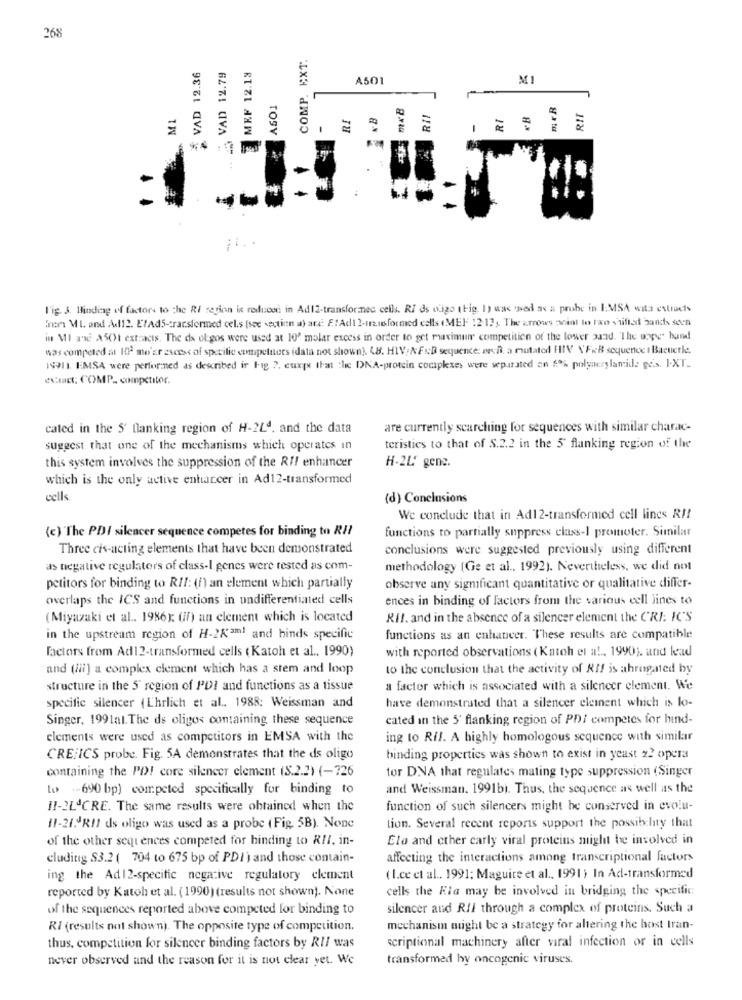
268
COMP. EXT.
VAD 12.36
VAD 12.79
MRF 12.13
A501
MI
ASO1
M 1
RI
RII
RI
RIT
1
-
l'ig. 3. Binding of factors to the Ri region is reduce in Ad12-transformed cells. RI ds digo (Fig. 1) was wed as a probe in IMSA wita estracts
inom MI. and Add12. EtAd5-transformed cel.s (see section a) at. F .! Adt 2-12.16formed calls (MEF : 2-13, The arrows anint to two shifted bands seen
in MI xx A501 extracts. The ds oligos were used at 10" malar excess in order to get maximum competition of the lower pand. "The uppe" hund
was competed at 102 mo'Er escost of specilie competitors idata not shown] 48. HIV/ NFND sequence. ren. a mutated HIV \'F.B sequence t Bacuerle.
19911. EMSA were performed as described in Fig ?, euxps that the DNA-protein complexes were separated an $% polymerylamide pes. I.XT_
RIct: COMP. competitor.
cated in the 5' flanking region of H-24ª, and the data
are currently searching for sequences with similar charac-
suggest that one of the mechanisms which operates in
teristics to that of $.2.2 in the 5' flanking region of the
this system involves the suppression of the RIF enhancer
H-2L' gens.
which is the only active enharcer in Ad12-transformed
cells
(d) Conclusions
We conclude that in Ad12-transformed cell lines RI!
(c) The PDI silencer sequence competes for binding to RII
functions to partially suppress class-1 promoter. Similar
Three cis-acting elements that have been demonstrated
conclusions were suggested previously using different
as negative regulators of class-I genes were tested as com-
methodology (Ge et al ., 1992). Nevertheless, we did not
petitors for binding to RII: (1) an element which partially
observe any significant quantitative or qualitative differ-
overlaps the ICS and functions in undifferentiated cells
ences in binding of factors from the various cell lines to
(Miyazaki et al .. 1986]: (f) an element which is located
Ril. and in the absence of a silencer element the CRI. IC'S
in the upstream region of H-2K'aml and binds specific
functions as an enhancer. These results are compatible
factors from Ad12-transformed cells ( Katoh et al ., 1990)
with reported observations ( Katch el a !.. 1990). and lead
and (iii) a complex clement which has a stem and loop
to the conclusion that the activity of Alf is ahrogated by
structure in the 5' region of PDI and functions as a tissue
a factor which is associated with a silencer element. We
have demonstrated that a silencer element which is lo-
specific silencer (Ehrlich et al .. 1988: Weissman and
Singer, 1991al. The ds oligos containing these sequence
cated in the 5' flanking region of PDI competes for hind-
elements were used as competitors in EMSA with the
ing to Ril. A highly homologous sequence with similar
CRE:ICS probe. Fig. 5A demonstrates that the ds oligo
binding properties was shown to exist in yeast z2 opera
containing the PO! core silencer element (S.2.2) (-726
for DNA that regulates mating type suppression (Singer
to -690 bp) competed specifically for binding to
and Weissman, 1991b). Thus, the sequence as well as the
11-2LACRE. The same results were obtained when the
function of such silencers might be conserved in evolu-
11-21.RIl ds oligo was used as a probe (Fig. 5B). None
Lion. Several recent reports support the possibility that
of the other sequences competed for hinding to RII, in-
Elo and ether carly viral proteins might be involved in
cluding $3.2 ( 704 to 675 bp of PDI) and those contain-
affecting the interactions among transcriptional factors
ing the Ad12-specific negative regulatory element
( I.ce et al .. 1991; Maguire et al ., 1991) In Ad-transformed
reported by Katoh et al. (1990) (results not shown). None
cells the Kla may be involved in bridging the specific
of the sequences reported above competed for binding to
silencer and Rfl through a complex of proteins. Such a
RI (results not shown). The opposite type of competition.
mechanism might be a strategy for altering the host Iran-
scriptional machinery after viral infection or in cells
thus, competition for silencer binding factors by RII was
never observed and the reason for it is not clear yet. We
transformed by oncogenic viruses.